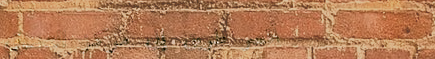
أقصر طريق إلى مركز التسوق